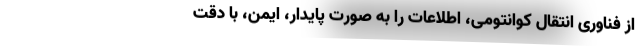
از فناوری انتقال کوانتومی، اطلاعات را به صورت پایدار، ایمن، با دقت